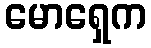
မောရှေက